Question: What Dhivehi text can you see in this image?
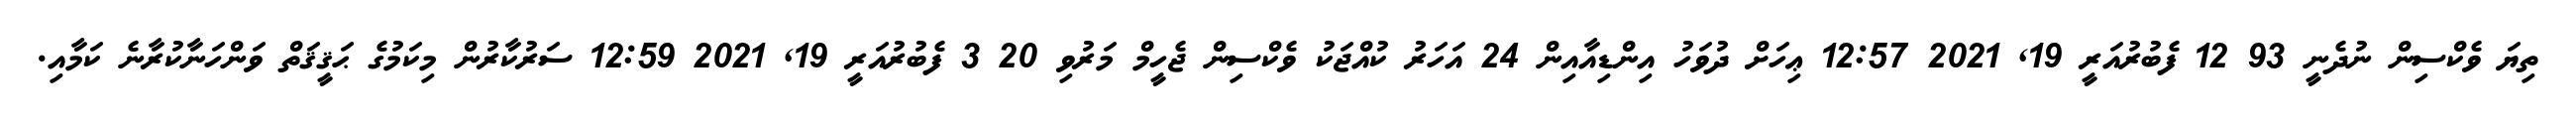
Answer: ތިޔަ ވެކްސިން ނުދެނީ 93 12 ފެބުރުއަރީ 19, 2021 12:57 ޢިހަށް ދުވަހު އިންޑިއާއިން 24 އަހަރު ކުއްޖަކު ވެކްސިން ޖެހީމް މަރުވި 20 3 ފެބުރުއަރީ 19, 2021 12:59 ސަރުކާރުން މިކަމުގެ ޙަޤީޤަތް ވަންހަނާކުރާނެ ކަމާއި.